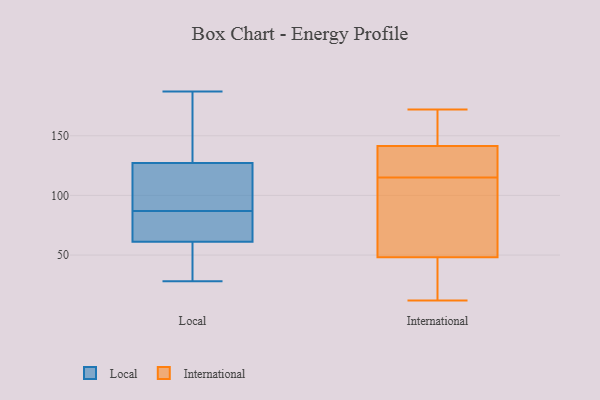
{"axis": {"x": "Market Share (%)", "y": "Value"}, "legend": ["International", "Local"], "data": [{"x": "", "y": 104, "type": "Local"}, {"x": "", "y": 28, "type": "Local"}, {"x": "", "y": 88, "type": "Local"}, {"x": "", "y": 187, "type": "Local"}, {"x": "", "y": 146, "type": "Local"}, {"x": "", "y": 135, "type": "Local"}, {"x": "", "y": 62, "type": "Local"}, {"x": "", "y": 76, "type": "Local"}, {"x": "", "y": 64, "type": "Local"}, {"x": "", "y": 61, "type": "Local"}, {"x": "", "y": 51, "type": "Local"}, {"x": "", "y": 92, "type": "Local"}, {"x": "", "y": 87, "type": "Local"}, {"x": "", "y": 161, "type": "Local"}, {"x": "", "y": 59, "type": "Local"}, {"x": "", "y": 108, "type": "International"}, {"x": "", "y": 23, "type": "International"}, {"x": "", "y": 152, "type": "International"}, {"x": "", "y": 171, "type": "International"}, {"x": "", "y": 52, "type": "International"}, {"x": "", "y": 115, "type": "International"}, {"x": "", "y": 117, "type": "International"}, {"x": "", "y": 12, "type": "International"}, {"x": "", "y": 115, "type": "International"}, {"x": "", "y": 40, "type": "International"}, {"x": "", "y": 31, "type": "International"}, {"x": "", "y": 166, "type": "International"}, {"x": "", "y": 172, "type": "International"}, {"x": "", "y": 138, "type": "International"}, {"x": "", "y": 117, "type": "International"}, {"x": "", "y": 137, "type": "International"}, {"x": "", "y": 51, "type": "International"}]}